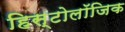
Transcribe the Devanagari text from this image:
हिस्टोलॉजिक